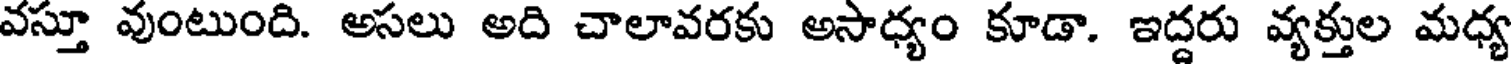
వస్తూ వుంటుంది. అసలు అది చాలావరకు అసాధ్యం కూడా. ఇద్దరు వ్యక్తుల మధ్య